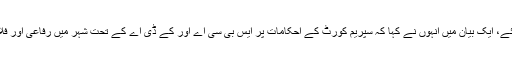
دوسری جانب وزیر بلدیات جام خان شورو بھی میدان میں آگئے، ایک بیان میں انہوں نے کہا کہ سپریم کورٹ کے احکامات پر ایس بی سی اے اور کے ڈی اے کے تحت شہر میں رفاعی اور فلاحی پلاٹس پر قبضوں کے خلاف کارروائی جاری رہے گی۔